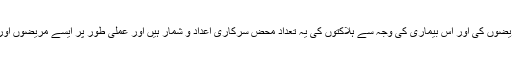
ماہرین کا خیال ہے کہ برطانیہ میں کووِڈ انیس کے مریضوں کی اور اس بیماری کی وجہ سے ہلاکتوں کی یہ تعداد محض سرکاری اعداد و شمار ہیں اور عملی طور پر ایسے مریضوں اور ہلاک شدگان کی حقیقی تعداد کہیں زیادہ ہو سکتی ہے۔